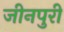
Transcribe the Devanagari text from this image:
जीनपुरी